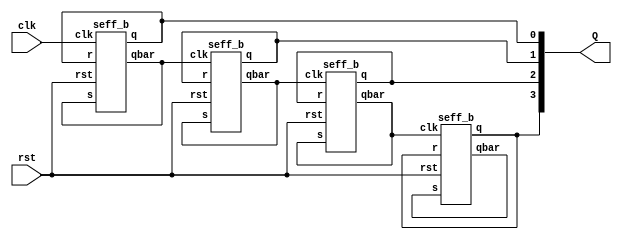
//KSHITIJ GUPTA
//2017B3A70601P

module ripple_counter (Q,clk,rst);
output [3:0]Q ;
input clk,rst;
wire [3:0] Qbar;

seff_b ff1(Q[0], Qbar[0],Q[0],Qbar[0],clk,rst);
seff_b ff2(Q[1], Qbar[1],Q[1],Qbar[1],Qbar[0],rst);
seff_b ff3(Q[2], Qbar[2],Q[2],Qbar[2],Qbar[1],rst);
seff_b ff4(Q[3], Qbar[3],Q[3],Qbar[3],Qbar[2],rst);

endmodule

module seff_b(r,s,q,qbar,clk,rst);

input s,r,clk,rst;
output reg q, qbar;

always@(posedge clk)
begin
	if (rst==1)
    	begin
    	q=0;
    	qbar=1;
    	end
    
	else if(s == 1)
    	begin
    	q = 1;
    	qbar = 0;
    	end
   	 
	else if(r == 1)
    	begin
    	q = 0;
    	qbar =1;
    	end
   	 
	else if(s == 0 & r == 0)
	begin
	q <= q;
	qbar <= qbar;
	end
end
endmodule

module parity_checker (in, parity, res);

	input [7:0] in;
	input parity;
    
	output reg res;
    
	wire par_computed;

	xnor(par_computed, in[0], in[1], in[2], in[3], in[4], in[5], in[6], in[7]);
    
	always@(*)
	begin
    
    	if (par_computed == parity)
        	res = 1;
    	else
        	res = 0;
	end
endmodule

module MUX2to1(a,b,sel,out);
input a,b;
input sel;
output out;
assign out = a & (~sel) | b & sel;
endmodule


module MUX16To8(out, mb1, mb2, select);
  input [7:0]mb1, mb2;
  input select;
  output  [7:0]out;
 
  MUX2to1  mux1( mb1[0], mb2[0], select,out[0]);
  MUX2to1  mux2( mb1[1], mb2[1], select,out[1]);
 MUX2to1 mux3( mb1[2], mb2[2], select,out[2]);
  MUX2to1  mux4( mb1[3], mb2[3], select,out[3]);
  MUX2to1  mux5( mb1[4], mb2[4], select,out[4]);
  MUX2to1  mux6( mb1[5], mb2[5], select,out[5]);
 MUX2to1 mux7( mb1[6], mb2[6], select,out[6]);
 MUX2to1  mux8(mb1[7], mb2[7], select,out[7]);
 
endmodule

module MEM1(s,memory_out,parity_out);
input [2:0]s;
output reg [7:0]memory_out;
output reg parity_out;
reg [7:0] memory[0:7];
reg parity[0:7];

always @ (s) begin
case(s)
	3'b000 : begin
    	memory_out <= memory[0];
    	parity_out <=parity[0];
    	end
	3'b001 : begin
    	memory_out <= memory[1];
    	parity_out <=parity[1];
    	end
	3'b010 : begin
    	memory_out <= memory[2];
    	parity_out <=parity[2];
    	end
	3'b011 : begin
    	memory_out <= memory[3];
    	parity_out <=parity[3];
    	end
	3'b100 : begin
    	memory_out <= memory[4];
    	parity_out <=parity[4];
    	end
	3'b101 : begin
    	memory_out <= memory[5];
    	parity_out <=parity[5];
    	end
	3'b110 : begin
    	memory_out <= memory[6];
    	parity_out <=parity[6];
    	end
	3'b111 : begin
    	memory_out <= memory[7];
    	parity_out <=parity[7];
    	end
    
	endcase
end
initial begin
memory[0]<=8'b0001_1111;
parity[0]<=1'b1;
memory[1]<=8'b0011_0001;
parity[1]<=1'b1;
memory[2]<=8'b0101_0011;
parity[2]<=1'b1;
memory[3]<=8'b0111_0101;
parity[3]<=1'b1;
memory[4]<=8'b1001_0111;
parity[4]<=1'b1;
memory[5]<=8'b1011_1001;
parity[5]<=1'b1;
memory[6]<=8'b1101_1011;
parity[6]<=1'b1;
memory[7]<=8'b1111_1101;
parity[7]<=1'b1;
end
endmodule

module MEM2(s,memory_out,parity_out);
input [2:0]s;
output reg [7:0]memory_out;
output reg parity_out;
reg [7:0] memory[0:7];
reg parity[0:7];

always @ (s) begin
case(s)
	3'b000 : begin
    	memory_out <= memory[0];
    	parity_out <=parity[0];
    	end
	3'b001 : begin
    	memory_out <= memory[1];
    	parity_out <=parity[1];
    	end
	3'b010 : begin
    	memory_out <= memory[2];
    	parity_out <=parity[2];
    	end
	3'b011 : begin
    	memory_out <= memory[3];
    	parity_out <=parity[3];
    	end
	3'b100 : begin
    	memory_out <= memory[4];
    	parity_out <=parity[4];
    	end
	3'b101 : begin
    	memory_out <= memory[5];
    	parity_out <=parity[5];
    	end
	3'b110 : begin
    	memory_out <= memory[6];
    	parity_out <=parity[6];
    	end
	3'b111 : begin
    	memory_out <= memory[7];
    	parity_out <=parity[7];
    	end
    
	endcase
end
initial begin
memory[0]<=8'b0000_0000;
parity[0]<=1'b0;
memory[1]<=8'b0010_0010;
parity[1]<=1'b0;
memory[2]<=8'b0100_0100;
parity[2]<=1'b0;
memory[3]<=8'b0110_0110;
parity[3]<=1'b0;
memory[4]<=8'b1000_1000;
parity[4]<=1'b0;
memory[5]<=8'b1010_1010;
parity[5]<=1'b0;
memory[6]<=8'b1100_1100;
parity[6]<=1'b0;
memory[7]<=8'b1110_1110;
parity[7]<=1'b0;
end
endmodule




module Fetch_Data(in,fet_mem,fet_parity);
input [3:0]in;
output [7:0]fet_mem;
output fet_parity;

wire [7:0] memory_out1;
wire [7:0] memory_out2;
wire parity_out1,parity_out2;
MEM1 mem1(in[2:0],memory_out1,parity_out1);
MEM2 mem2(in[2:0],memory_out2,parity_out2);

MUX16To8 f1(fet_mem, memory_out1, memory_out2, in[3]);
MUX2to1 f2(parity_out1,parity_out2,in[3],fet_parity);
endmodule

module DESIGN(clk,rstn,Addr,res);
input clk;
input rstn;
wire [3:0]out;
output res;
input [3:0] Addr;
wire v1;
wire [7:0]v2 ;
ripple_counter  f1 (out, clk, rstn);
Fetch_Data f2( Addr, v2, v1);
parity_checker f3(v2, v1, res);
endmodule

module TestBench;
	reg clk,rstn;
	reg [3:0] Addr;
wire res;
	initial
    	clk = 1'b1;

	always
    	#5 clk = ~clk;

DESIGN ds(clk,rstn,Addr,res);

	initial begin
	$monitor($time,"clock = %b, result = %b ",clk,res);
        	rstn <= 1'b1;
    	#10  rstn <= 1'b0;
    	#10 Addr <= 4'b1001;
    	#10 Addr <= 4'b0011;
    	#10 Addr <= 4'b0010;  
    	#10 Addr <= 4'b0101;
    	#10 $finish;
	end
endmodule